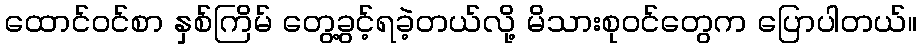
ထောင်ဝင်စာ နှစ်ကြိမ် တွေ့ခွင့်ရခဲ့တယ်လို့ မိသားစုဝင်တွေက ပြောပါတယ်။